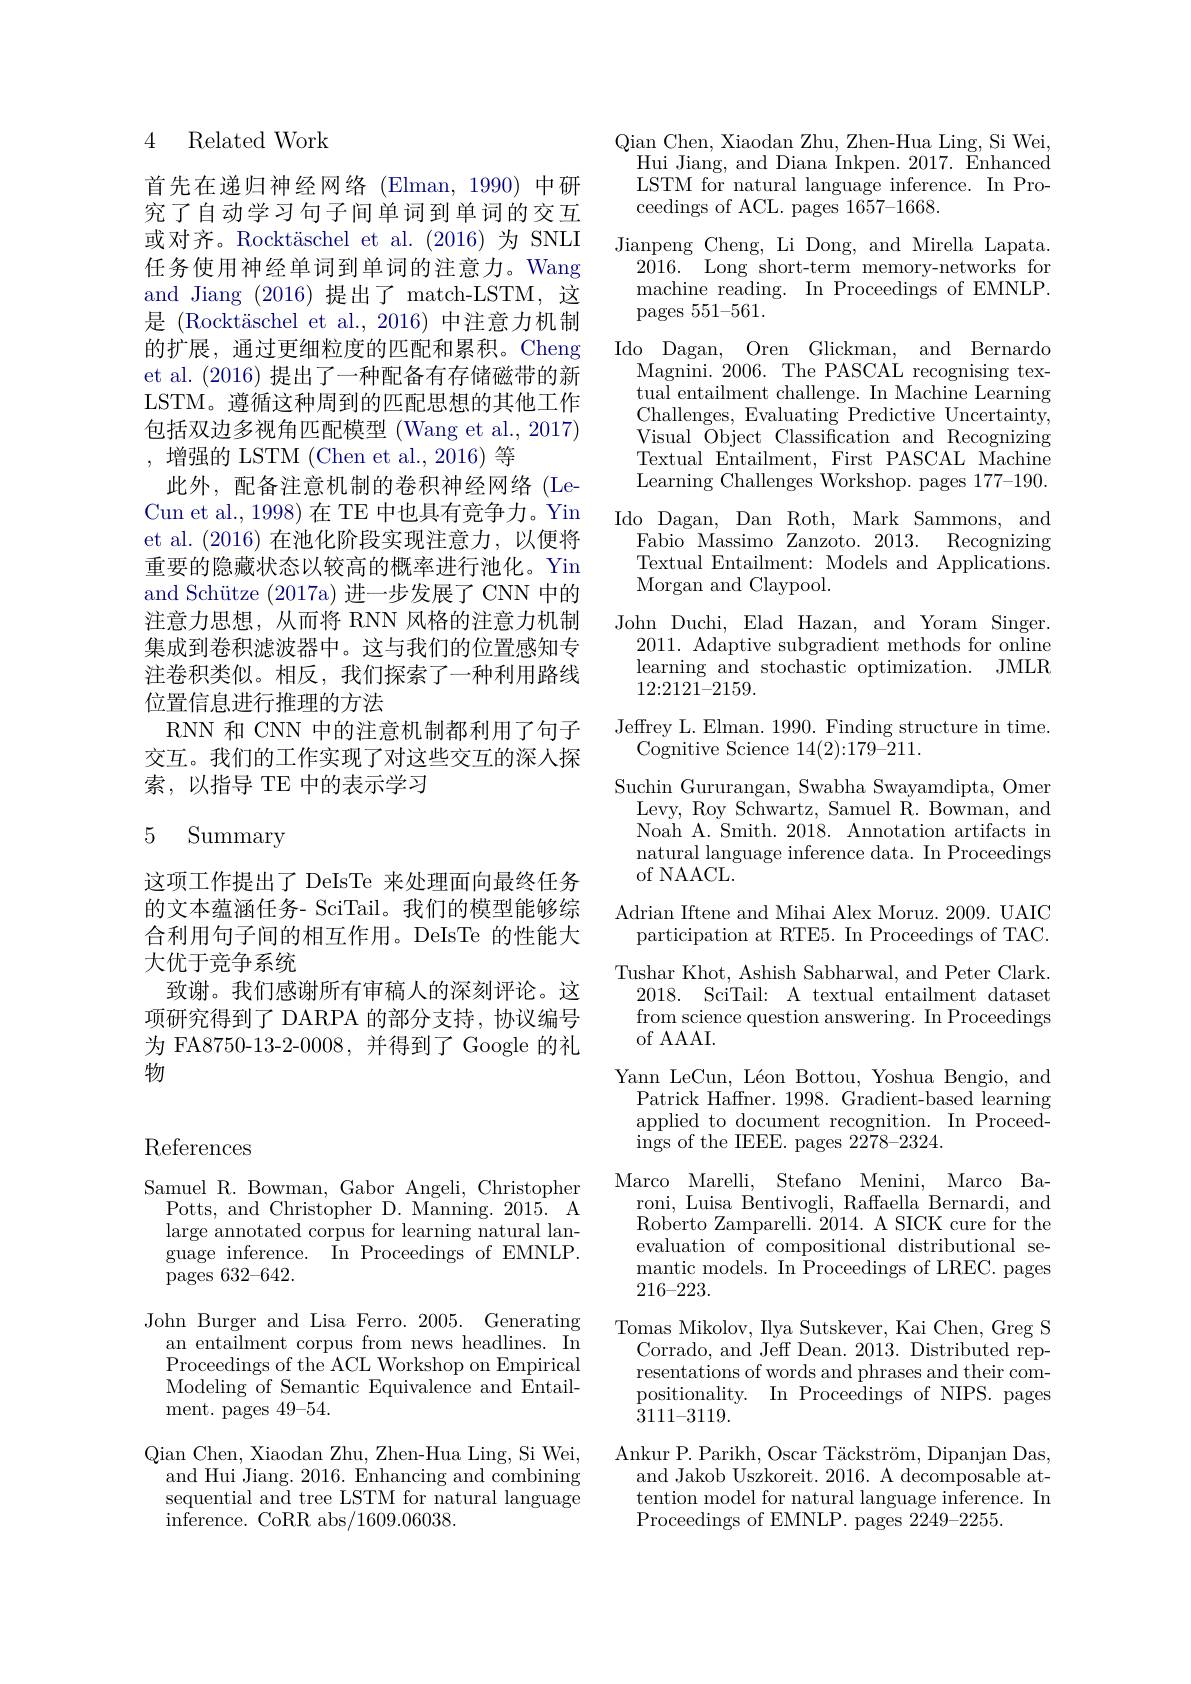
4 Related Work

首先在递归神经网络(Elman,1990)中研究了自动学习句子间单词到单词的交互或对齐。Rocktäschel et al.(2016)为 SNLI 任务使用神经单词到单词的注意力。Wang and Jiang (2016)提出了 match-LSTM,这是 (Rocktäschel et al.,2016) 中注意力机制的扩展，通过更细粒度的匹配和累积。Cheng et al. (2016)提出了一种配备有存储磁带的新LSTM。遵循这种周到的匹配思想的其他工作包括双边多视角匹配模型 (Wang et al., 2017) ,增强的 LSTM (Chen et al., 2016)等
此外，配备注意机制的卷积神经网络(LeCun et al., 1998) 在 TE 中也具有竞争力。Yin et al. (2016)在池化阶段实现注意力，以便将重要的隐藏状态以较高的概率进行池化。Yin and Schütze (2017a)进一步发展了 CNN 中的注意力思想，从而将 RNN 风格的注意力机制集成到卷积滤波器中。这与我们的位置感知专注卷积类似。相反，我们探索了一种利用路线位置信息进行推理的方法
RNN 和 CNN 中的注意机制都利用了句子交互。我们的工作实现了对这些交互的深人探索，以指导 TE 中的表示学习

## 5 Summary

这项工作提出了 DeIsTe 来处理面向最终任务的文本蕴涵任务- SciTail。我们的模型能够综合利用句子间的相互作用。DeIsTe 的性能大大优于竞争系统
致谢。我们感谢所有审稿人的深刻评论。这项研究得到了 DARPA 的部分支持，协议编号为 FA8750-13-2-0008,并得到了 Google 的礼物

Qian Chen, Xiaodan Zhu, Zhen-Hua Ling, Si Wei, Hui Jiang, and Diana Inkpen. 2017. Enhanced LSTM for natural language inference. In Proceedings of ACL. pages 1657-1668.
Jianpeng Cheng, Li Dong, and Mirella Lapata.
$2\bar{016.}$ Long short-term memory-networks for machine reading. In Proceedings of EMNLP. pages 551-561.
Ido Dagan, Oren Glickman, and Bernardd
Magnini. 2006. The PASCAL recognising textual entailment challenge. In Machine Learning Challenges, Evaluating Predictive Uncertainty, Visual $\bar{\text{Object Classification and Recognizing}}$ Textual Entailment, First PASCAL Machine Learning Challenges Workshop. pages 177-190.
Ido Dagan, Dan Roth, Mark Sammons, and
Fabio Massimo Zanzoto. 2013. Recognizing Textual Entailment: Models and Applications. Morgan and Claypool.
John Duchi, Elad Hazan, and Yoram Singer.
2011. Adaptive subgradient methods for online learning and stochastic optimization. JMLR 12{:}2121{-}2159.
Jeffrey L. Elman. 1990. Finding structure in time.
Cognitive Science 14(2):179-211.
Suchin Gururangan, Swabha Swayamdipta, Omer
Levy, Roy Schwartz, Samuel R. Bowman, and Noah A. Smith. 2018. Annotation artifacts in natural language inference data. In Proceedings of NAACL.
Adrian Iftene and Mihai Alex Moruz. 2009. UAIC participation at RTE5. In Proceedings of TAC. Tushar Khot, Ashish Sabharwal, and Peter Clark.
2018. SciTail: A textual entailment dataset from science question answering. In Proceedings of AAAI.
Yann LeCun, Léon Bottou, Yoshua Bengio, and Patrick Haffner. 1998. Gradient-based learning applied to document recognition. In Proceedings of the IEEE. pages $2\bar{278-2324}.$
Marco Marelli, Stefano Menini, Marco Ba-
roni, Luisa Bentivogli, Raffaella Bernardi, and Roberto Zamparelli. 2014. A SICK cure for the evaluation of compositional distributional se- ${\mathrm{mantic~models.~In~}}{\mathrm{Proceedings~of~LREC.~pages}}$ 216-223.
Tomas Mikolov, Ilya Sutskever, Kai Chen, Greg S
Corrado, and Jeff Dean. 2013. Distributed representations of words and phrases and their compositionality. In Proceedings of NIPS. pages 3111-3119.
Ankur P. Parikh, Oscar Täckström, Dipanjan Das,
and Jakob Uszkoreit. 2016. A decomposable attention model for natural language inference. In Proceedings of EMNLP. pages 2249-2255.

References

Samuel R. Bowman, Gabor Angeli, Christopher
Potts, and Christopher D. Manning. 2015. A large annotated corpus for learning natural lan- $\bar{\mathrm{guage~inference.~In~Proceedings~of~EMNLP.}}$ $\bar{\mathrm{pages~632-642.}}$
John Burger and Lisa Ferro. 2005. Generating
an entailment corpus from news headlines. In Proceedings of the ACL Workshop on Empirical Modeling of Semantic Equivalence and Entailment. pages 49-54.
Qian Chen, Xiaodan Zhu, Zhen-Hua Ling, Si Wei,
and Hui Jiang. 2016. Enhancing and combining sequential and tree LSTM for natural language ${\mathrm{inference.~CoRR~abs/1609.06038.}}$